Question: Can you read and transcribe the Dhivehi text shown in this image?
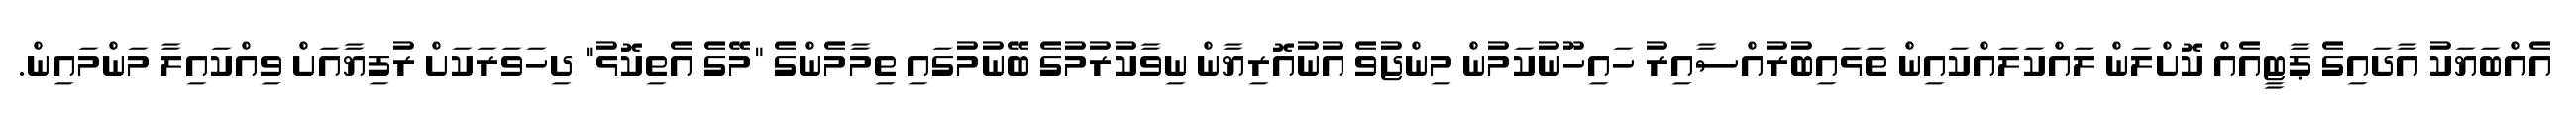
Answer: އެއްބަޔަކު އާދައިގެ ޕާޓީއެއް ކޮށްލަން ލައްކަލައްކައިން ތަޅައިބުރުއްސާއިރު ހައިހޫނުކަމުން މިންޖުވެ އުނުއޮރިޔާން ނިވާކުރުމުގެ ބޭނުމުގައި ތިމާމެންގެ "މޭގެ އެތިކޮޅު" ދިހަވަރަކަށް ރުފިޔާއަށް ވިއްކައިލާ މަންމައިން.